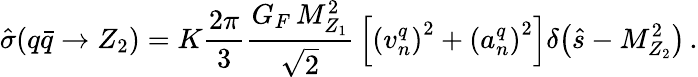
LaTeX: \hat{\sigma}(q\bar{q}\to Z_{2})=K{\frac{2\pi}{3}}{\frac{G_{F}\, M_{Z_{1}}^{2}}{\sqrt 2}}\left[\left(v_{n}^{q}\right)^{2}+\left(a_{n}^{q}\right)^{2}\right]\delta\! \left(\hat{s}-M_{Z_{2}}^{2}\right)\, .